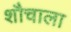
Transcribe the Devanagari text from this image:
शौचाला